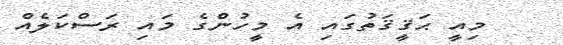
މިއީ ޙަޤީޤަތުގައި އެ މީހުންގެ މައި ރަސްކަލެއް